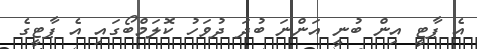
އެ ޕާޓީ އިން ބުނީ އަންނަ ބުދަ ދުވަހު ކޮލަމްބޯގައި އެ ޕާޓީގެ